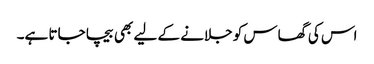
اس کی گھاس کو جلانے کے لیے بھی بیچا جاتا ہے۔